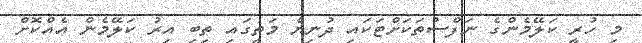
މި ހުރީ ކަލޭމެންގެ ނަފްސުތަކަށްޓަކައި ދުނިޔެ މަތީގައި ތިބި އިރު ކަލޭމެން އެއްކޮށް